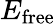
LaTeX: E_{\mathrm{free}}